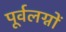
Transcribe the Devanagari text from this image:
पूर्वलग्नों